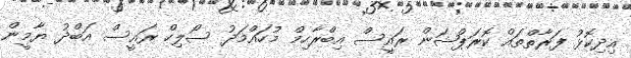
އިދިކޮޅު ފަރާތްތައް ކޮރަޕްޝަން ރައީސް އިބްރާހިމް މުހައްމަދު ސޯލިހް ރައީސް އަބްދު ޔާމީން